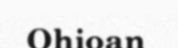
Ohioan